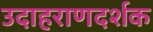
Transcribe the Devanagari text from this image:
उदाहराणदर्शक